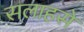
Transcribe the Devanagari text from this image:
सलाहसे